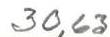
30,63